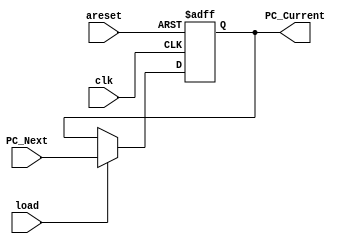

module PC_RISC_ARCH(
input [31:0]PC_Next,
input clk ,
input areset ,
input load ,
output reg [31:0]PC_Current);


always @(posedge clk or negedge areset)
begin 
if (~areset)
      PC_Current <= 0;
else
begin
       if(load)
       PC_Current <= PC_Next;
	   else 
	  PC_Current <= PC_Current;

end	   
end

endmodule